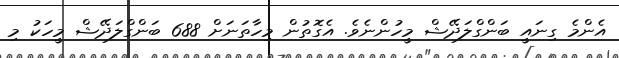
އެންމެ ގިނައީ ބަންގްލަދޭޝް މީހުންނެވެ. އެގޮތުން މިހާތަނަށް 688 ބަންގްލަދޭޝް މީހަކު މި